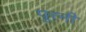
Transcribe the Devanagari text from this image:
पूरनी